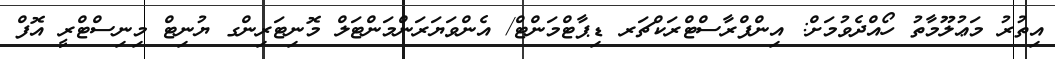
އިތުރު މަޢުލޫމާތު ހޯއްދެވުމަށް: އިންފްރާސްޓްރަކްޗަރ ޑިޕާޓްމަންޓް/ އެންވަޔަރަންމަންޓަލް މޮނިޓަރިންގ ޔުނިޓް މިނިސްޓްރީ އޮފް